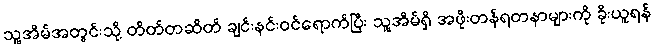
သူ့အိမ်အတွင်းသို့ တိတ်တဆိတ် ချင်းနင်းဝင်ရောက်ပြီး သူ့အိမ်ရှိ အဖိုးတန်ရတနာများကို ခိုးယူရန်